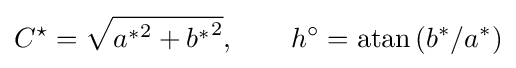
C^{\star }={\sqrt {{a^{*}}^{2}+{b^{*}}^{2}}},\qquad h^{\circ }=\operatorname {atan} \left({b^{*}}/{a^{*}}\right)